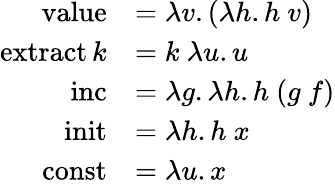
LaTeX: {\begin{array}{rl}{\operatorname{value}}&{=\lambda v.(\lambda h.h\ v)}\\ {\operatorname{extract}k}&{=k\ \lambda u.u}\\ {\operatorname{inc}}&{=\lambda g.\lambda h.h\ (g\ f)}\\ {\operatorname{init}}&{=\lambda h.h\ x}\\ {\operatorname{const}}&{=\lambda u.x}\end{array}}